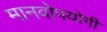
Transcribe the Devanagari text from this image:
मानवोपयोगी